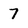
Character: 7